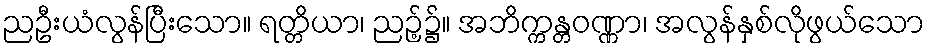
ညဦးယံလွန်ပြီးသော။ ရတ္တိယာ၊ ညဉ့်၌။ အဘိက္ကန္တဝဏ္ဏာ၊ အလွန်နှစ်လိုဖွယ်သော